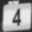
Digit: 4